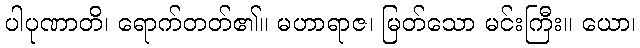
ပါပုဏာတိ၊ ရောက်တတ်၏။ မဟာရာဇ၊ မြတ်သော မင်းကြီး။ ယော၊